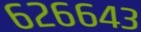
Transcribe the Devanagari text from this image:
६२६६४३